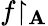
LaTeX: f{\upharpoonright_{\mathbf{A}}}